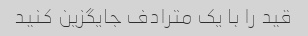
قید را با یک مترادف جایگزین کنید